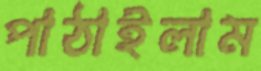
পাঠাইলাম